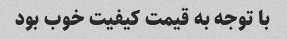
با توجه به قیمت کیفیت خوب بود